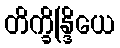
တိက္ခိန္ဒြိယေ